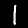
Label: 1